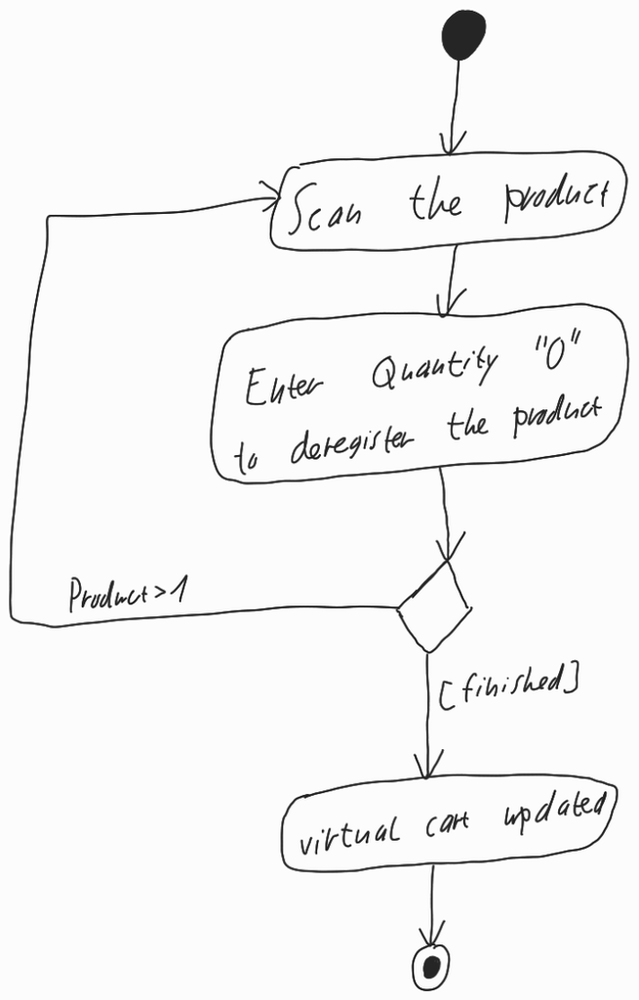
Diagram type: activity_diagram
```plantuml
@startuml

start

repeat:Scan the product;
  :Enter Quantity "0" to deregister the product;
repeat while () is (Product > 1) not ([finished])

:virtual cart updated;

stop

@enduml
```